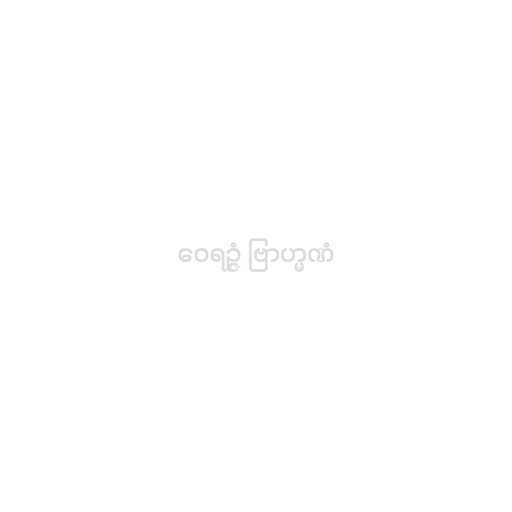
ဝေရဉ္ဇံ ဗြာဟ္မဏံ